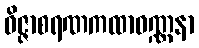
ဝိဇ္ဇာစရဏကထာဝဏ္ဏနာ